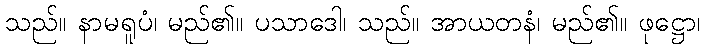
သည်။ နာမရူပံ၊ မည်၏။ ပသာဒေါ၊ သည်။ အာယတနံ၊ မည်၏။ ဖုဋ္ဌော၊